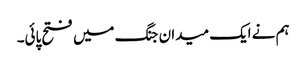
ہم نے ایک میدان جنگ میں فتح پائی۔